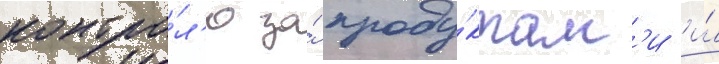
контро́л'ю за́ проду́ктам'и и́